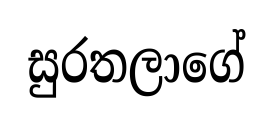
සුරතලාගේ